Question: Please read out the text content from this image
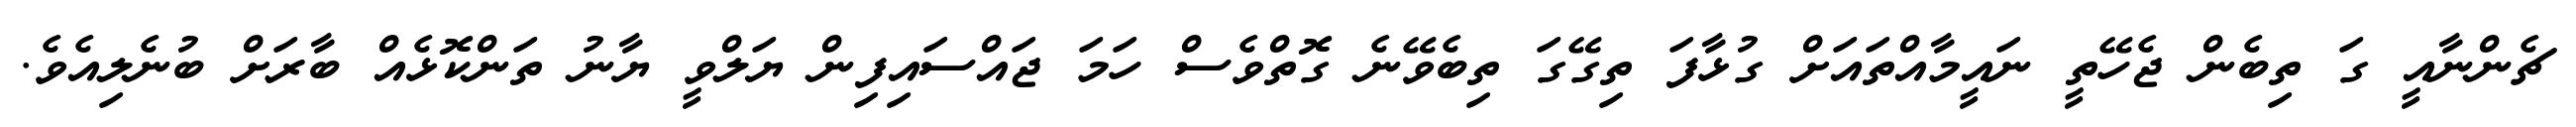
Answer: ޗެންނާއީ ގަ ތިބެން ޖެހޭތީ ނައީމާއްތައަށް ގުޅާފަ ތިގޭގަ ތިބެވޭނެ ގޮތްވެސް ހަމަ ޖައްސައިފިން ޔަލްވީ ޔާނު ތަންކޮޅެއް ބާރަށް ބުނެލިއެވެ.